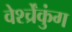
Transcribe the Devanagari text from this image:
वेर्श्च्रेंकुंग